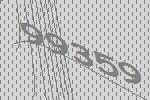
99359